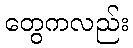
တွေကလည်း